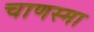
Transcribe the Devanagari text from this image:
चाणस्मा